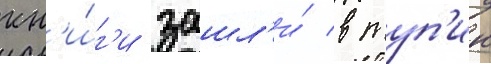
кн'и́г'и зашл'и́ в туп'ик